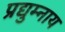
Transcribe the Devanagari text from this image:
प्रद्युम्नाय